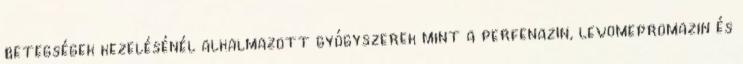
betegségek kezelésénél alkalmazott gyógyszerek mint a perfenazin, levomepromazin és